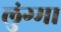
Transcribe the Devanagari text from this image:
लुंग्मा